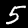
Label: 5